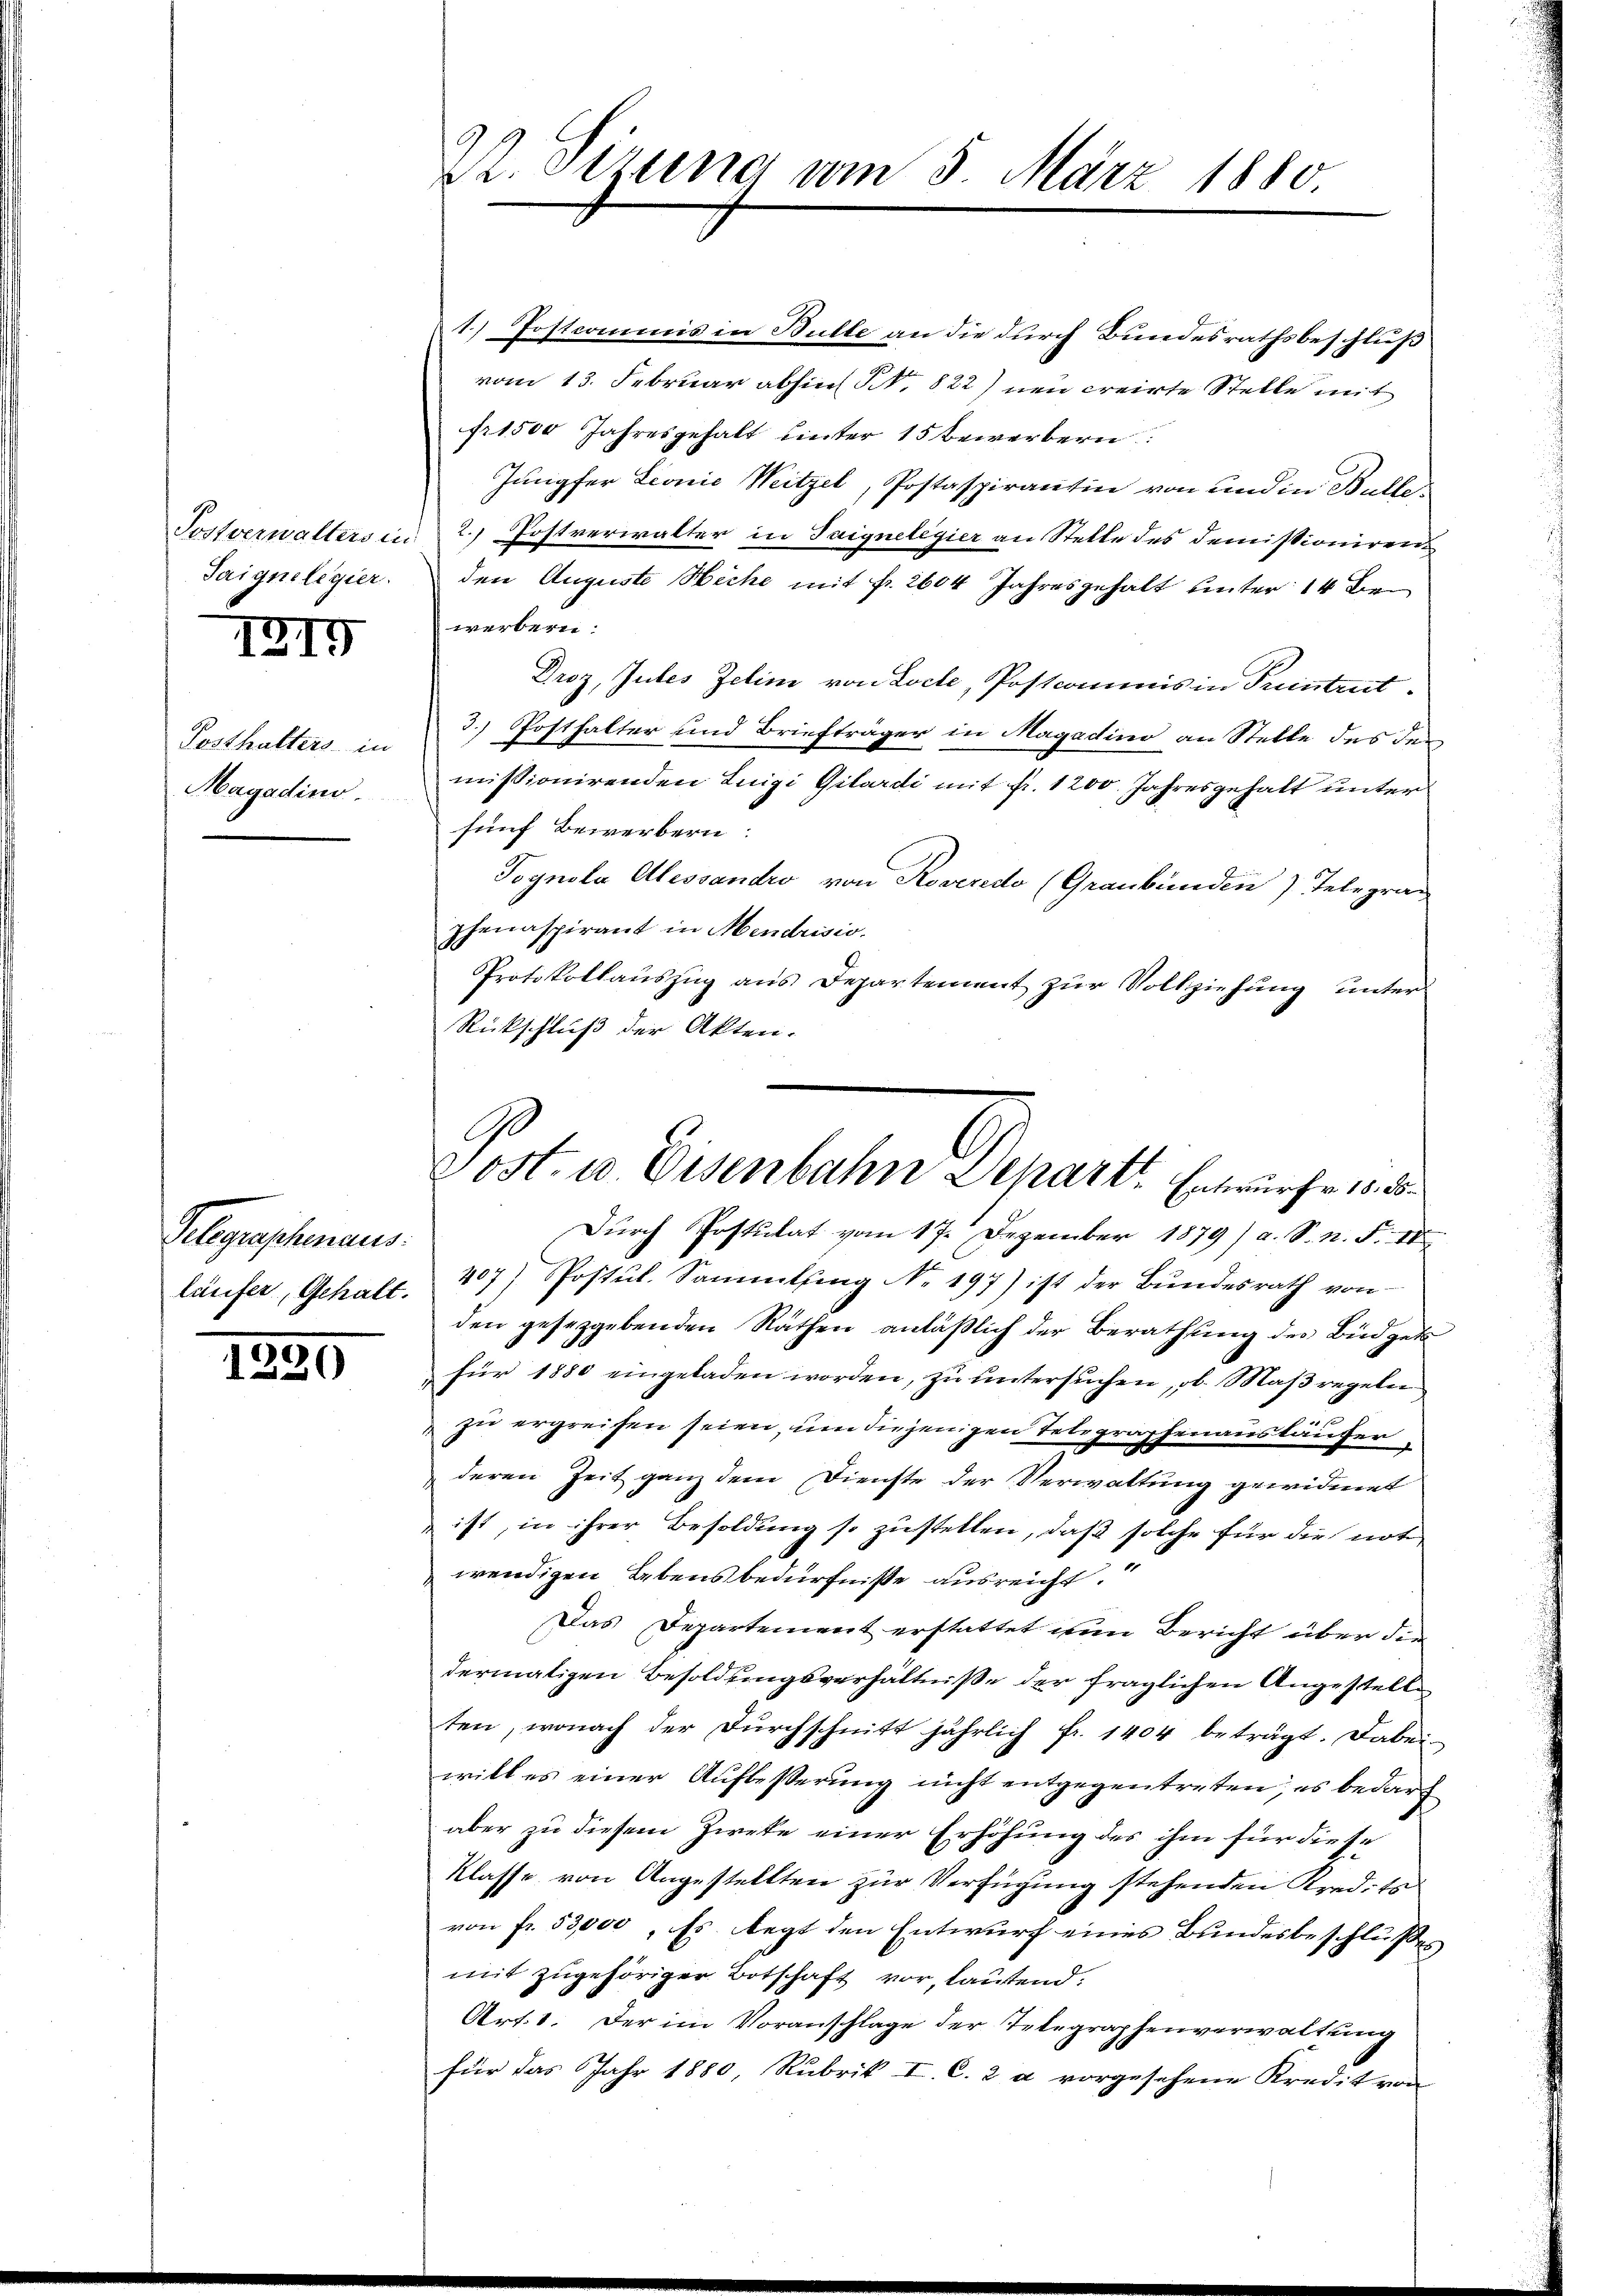
Taigne legier

1219

Posthalters in
Magadino.

Gelegraschenaus.
läufer, Gehalt.

1290

Dr. Sizung am 5. März 1880.

Post u. Eisenbahn Depart. Entwurfe na

1) Postcommis in Bülle an die durch Bundesrathsbeschluß
vom 13. Februar abhin Nr. 822) neu creirte Stelle mit
fr. 1500 Jahresgehalt unter 15 bewerbern
Jungfer Leonie Weitzel, Postaspirantin von und in Bulle
Postverwalters in 2.) Postverwalter in Saignelegier an Stelle des demissionirenden Auguste Siche mit fr. 2604 Jahresgehalt unter 14 Bewerbern.
Droz, Jubes Zelin von Loche, Postcommis in Teintret
3.) Posthalter und Briefträger in Magadino an Stelle des de
missionirenden Luigi Gilardi mit fr. 1200. Jahresgehalt unter
fünf Bewerbern
Tognola Alessandro von Roveredo (Graubünden) Telegran
phenaspirant in Mendrisio.
Protokollaŭszŭg ans Departement zŭr Vollziehung unter¬
Rückschluß der Akten.

Dŭrch Postulat vom 17. Dezember 1879) a. S. n. F. IV
407) Postŭl. Sammlung No. 197) ist der Bŭndesrath von
den gesetzgebenden Räthen anläßlich der Berathung des Büdget
für 1880 eingeladen worden, zu untersuchen, ob Maßregeln
zu ergreifen seien, um diejenigen Telegraphenausläufer
deren Zeit ganz dem Dienste der Verwaltung gewidmet
ist, in ihrer Besoldung so zustellen, daß solche für die not
wendigen Lebensbedürfnisse ausreicht.
Das Departement erstattet wen Bericht über die
dermaligen Besoldungsverhältniße der fraglichen Angestelle
ten, wonach der Durchschnitt jährlich fr. 1404 beträgt. Dabei
will es einer Aufbesserung nicht entgegentreten, es bedarf
aber zu diesem Zweke einer Erhöhung des ihm für diese
Klasse von Angestellten zur Verfügung stehenden Kredits
von fr. 53,000, Es legt den Entwurf eines Bundesbeschlußes
mit zugehöriger Botschaft vor, lautend:
Art. 1. Der im Voranschlage der Telegraphenverwaltung
für das Jahr 1880, Rubrik I. C. 2 a vorgesehene Kredit von